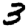
Digit: 3